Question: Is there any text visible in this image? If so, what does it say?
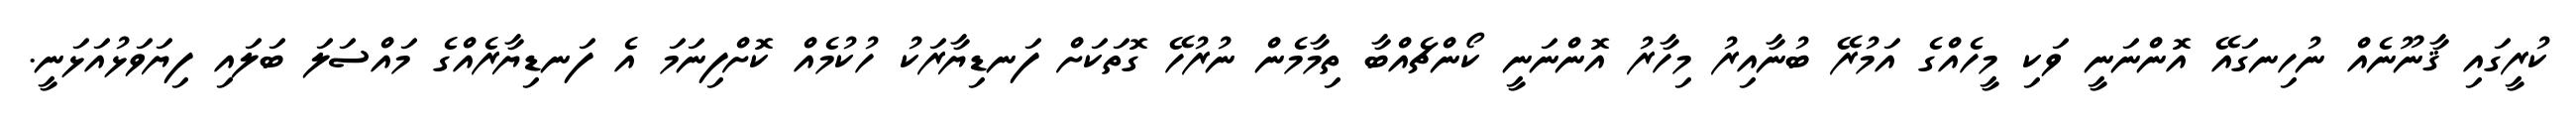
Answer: ކުރީގައި ޤާނޫނެއް ނުހިނގައޭ އޮންނަނީ ވަކި މީހެއްގެ އަމުރޭ ބުނާއިރު މިހާރު އޮންނަނީ ކޯންޗެއްބާ ތިމާމެން ނުރުހޭ ގޮތަކަށް ފަނޑިޔާރަކު ހުކުމެއް ކޮށްފިނަމަ އެ ފަނޑިޔާރެއްގެ މައްސަލަ ބަލައި ފިޔަވަޅުއަޅަނީ.